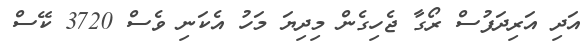
އަދި އަރިދަފުސް ރޯގާ ޖެހިގެން މިދިޔަ މަހު އެކަނި ވެސް 3720 ކޭސް